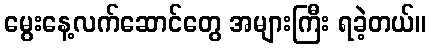
မွေးနေ့လက်ဆောင်တွေ အများကြီး ရခဲ့တယ်။